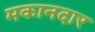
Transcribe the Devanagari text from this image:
मकानदार